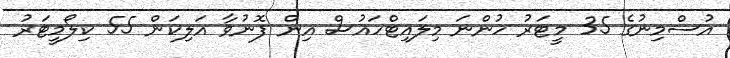
އުސްމިނުގެ 35 މީޓަރު ހުންނަ މިލައިޓްހައުސް އިން ފޮނުވާ އަލިކަން 55 ކިލޯމީޓަރު